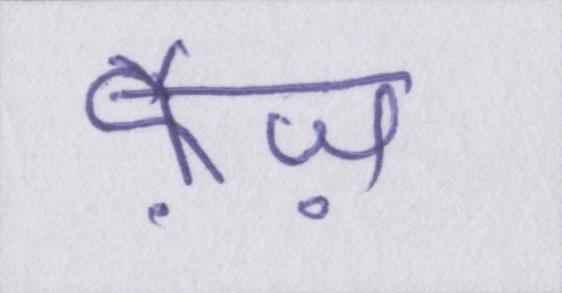
फ़ैज़